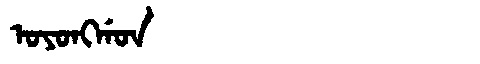
Manchu: ᠣᠶᠣᠩᡤᠣᠨ
Romanization: OYONGGON